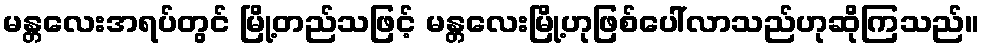
မန္တလေးအရပ်တွင် မြို့တည်သဖြင့် မန္တလေးမြို့ဟုဖြစ်ပေါ်လာသည်ဟုဆိုကြသည်။